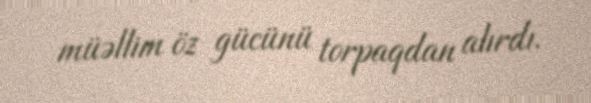
müəllim öz gücünü torpaqdan alırdı.